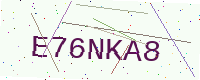
Text: E76NKA8